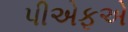
પીએફએ